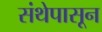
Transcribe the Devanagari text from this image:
संथेपासून